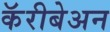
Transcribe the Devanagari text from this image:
कॅरीबेअन